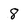
Character: 8